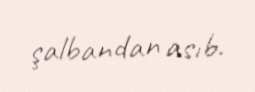
şalbandan asıb.